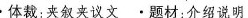
.体裁:夹叙夹议文.题材:介绍说明 .